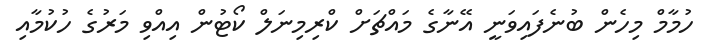
ހުމާމް މިހެން ބުނެފައިވަނީ އޭނާގެ މައްޗަށް ކްރިމިނަލް ކޯޓުން އިއްވި މަރުގެ ހުކުމާއި